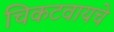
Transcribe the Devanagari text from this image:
चिकटवायचे